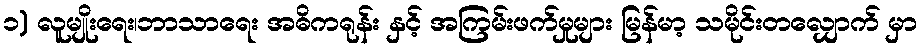
၁) လူမျိုးရေး၊ဘာသာရေး အဓိကရုန်း နှင့် အကြမ်းဖက်မှုများ မြန်မာ့ သမိုင်းတလျှောက် မှာ